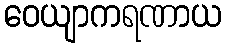
ဝေယျာကရဏာယ